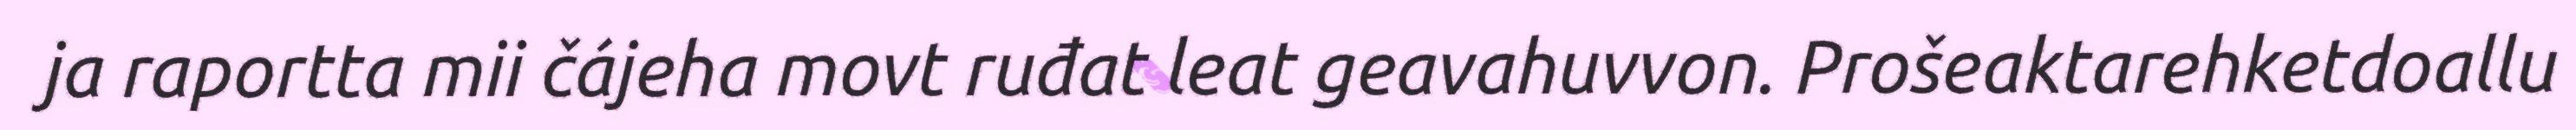
ja raportta mii čájeha movt ruđat leat geavahuvvon. Prošeaktarehketdoallu